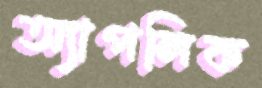
অ্যাপলিক